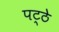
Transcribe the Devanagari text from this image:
पट्ठे